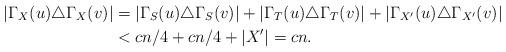
LaTeX: \begin{align*}|\Gamma_{X}(u)\triangle \Gamma_{X}(v)|&=|\Gamma_{S}(u)\triangle \Gamma_{S}(v)|+|\Gamma_{T}(u)\triangle \Gamma_{T}(v)|+|\Gamma_{X'}(u)\triangle \Gamma_{X'}(v)|\\&<cn/4+cn/4+|X'|=cn.\end{align*}